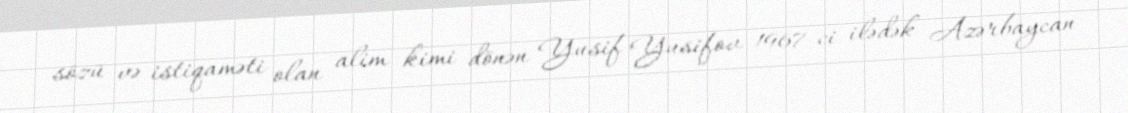
sözü və istiqaməti olan alim kimi dönən Yusif Yusifov 1967-ci ilədək Azərbaycan